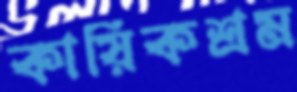
কায়িকশ্রম